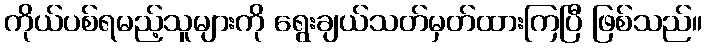
ကိုယ်ပစ်ရမည့်သူများကို ရွေးချယ်သတ်မှတ်ထားကြပြီ ဖြစ်သည်။